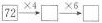
\square {72}\xrightarrow[]{\times 4}\square \xrightarrow[]{\times 6}\square